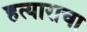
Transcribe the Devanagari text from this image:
हत्याराचा